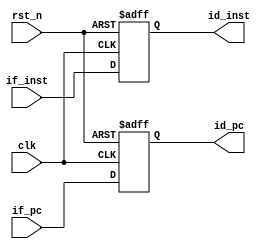
/*
writtern by Yuyang Zhou, 
for the MIPS32 processor Jahangir pipeline stage1
to temporarily store the extracted instruction and ready to transmit it to next stage
the address bus gets 32 bits, the instruction bus gets 32 bits as well
the rom isnt included in this stage as the instructions may be changed.
it will be connected with the processor by using another top level entity.
*/
module ifid(
    input                   clk,
    input                   rst_n,
    //input signal, the input address and instructions
    input                   if_pc,
    input    [31:0]         if_inst,
    //output signal, output it to next stage
    output   reg            id_pc,
    output   reg  [31:0]    id_inst
);

//===================================================================
always @(posedge clk or negedge rst_n)begin
    if(!rst_n)begin
        id_pc <= 1'b0;
    end
    else begin
        id_pc<= if_pc;
    end
end 
//load the instructions 
always @(posedge clk or negedge rst_n)begin
    if(!rst_n)begin
        id_inst <= 32'h0000_0000;
    end
    else begin
        id_inst <= if_inst;
    end
end

endmodule